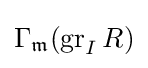
\Gamma _{\mathfrak {m}}(\operatorname {gr} _{I}R)